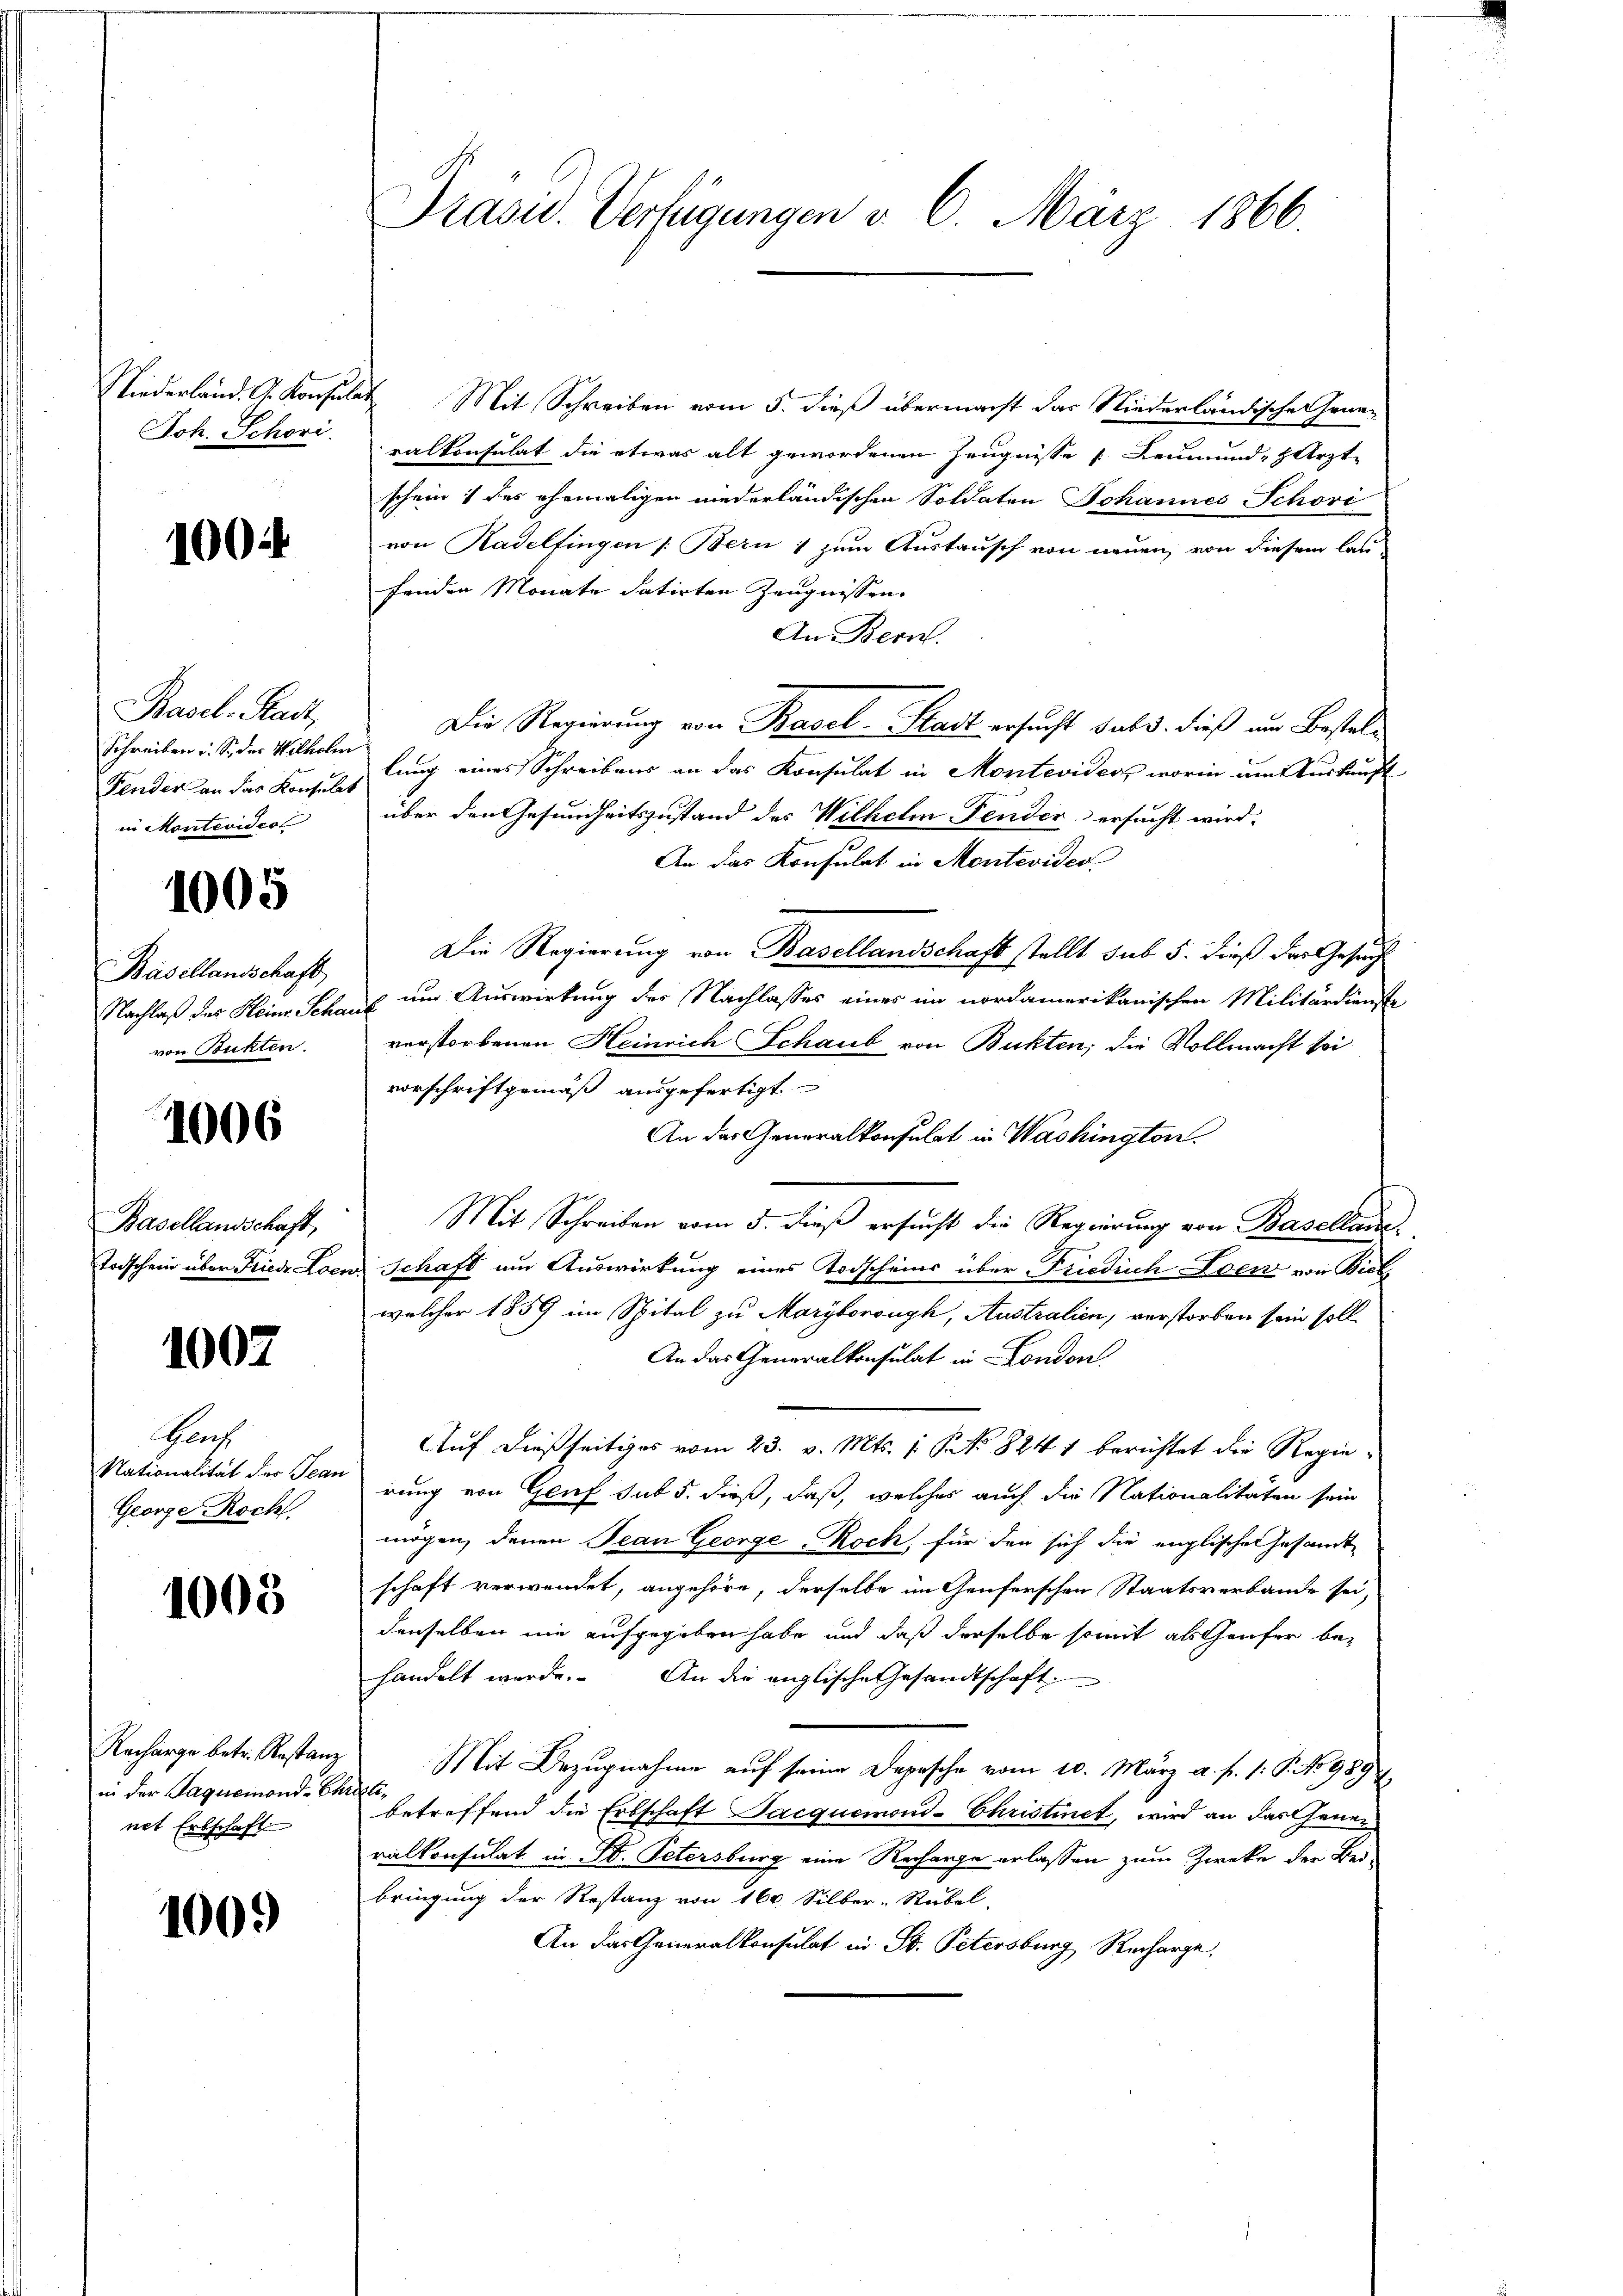
Joh. Schori.

1004

Basel-Stadt,
Schreiben u. S. der Wilhelm
Fender an das Konsulat
in Montevideol

1005

Basellandschaft
von Bukten.

1006

Basellandschaft

1002

Schrif
Nationalität des Jean
George Roch

1008

in der Paquemond-Christi
nt Erbschaft

1009

Niederland. G. Konsulat Mit Schreiben vom 5. dieß übermacht das Niederländischen Generalkonsulat die etwas alt gewordenen Zeugnisse Leumund, Arzte
schein & des ehemaligen niederländischen Soldaten Johannes Schori
von Kadelfingen /: Bern 1 zum Austausch von neuen, von diesem lau
fenden Monate datirten Zeugnissen.
An Bern.
Die Regierung von Basel-Stadt ersucht sub 3. dieß um Bestellung eines Schreibens an das Konsulat in Monteviders worin um Auskauft
über den Gesundheitszustand des Wilhelm Fender ersucht wird.
An das Konsulat in Montevides
Die Regierung von Basellandschaft stellt sub 5. dieß der Gesuch
Nachlaß des Heim Schaus um Auswirkung des Nachlasses eines im nordamerikanischen Militärdienste
verstorbenen Heinrich Schaub von Bukten; die Vollmacht sei
vorschriftgemäß ausgefertigt
An das Generalkonsulat in Washington.
Mit Schreiben vom 5. dieß ersucht die Regierung von Basellane
Todschein über Fried Loen Schaft um Auswirkung eines Todscheins über Friedrich Loen von Biel
welcher 1859 im Spital zu Maryboronyh, Australien, verstorben sein soll
An das Generalkonsulat in London
Auf dießseitiges vom 23. v. Mts. 1. No. 824 1 berichtet die Regierung von Genf sub 5. dieß, daß, welches auch die Nationalitäten sein
mögen, denen Jean George-Koch, für den sich die englischen Gesandte
schaft verwendet, angehöre, derselbe im Genferschen Staatsverbande sei,
denselben nie aufgegeben habe und daß derselbe somit als Genfer be-
handelt werde. An die englische Gesandtschaft
Racharge betr. Restanz Mit Bezugnahme aŭf seine Depesche vom 10. März a. f. 1: P. No 989
betreffend die Erbschaft Jacquemond-Christinet, wird an das Generalkonsulat in St. Petersburg eine Recharge erlassen zum Zwecke der Bei-
bringung der Restanz von 160. Silber-Rubel,
An das Generalkonsulat in St. Petersburg Recharge.

Präsid. Verfügungen v. 6. März 1866.